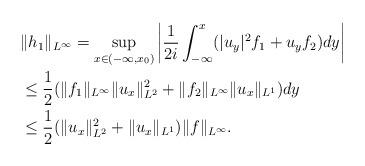
LaTeX: \begin{align*}& \|h_{1 }\|_{L^\infty} = \sup_{x\in (-\infty, x_0)} \bigg| \frac{1}{2i} \int_{-\infty}^x(|u_y|^2 f_1+u_yf_2)dy\bigg| \\ &\leq \frac{1}{2 } ( \|f_1\|_{L^\infty} \|u_x\|_{L^2}^2+\|f_2\|_{L^\infty} \|u_x\|_{L^1})dy \\ & \leq\frac{1}{2}(\|u_x\|^2_{L^2}+\|u_x\|_{L^1})\|f\|_{L^{\infty}}.\end{align*}